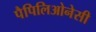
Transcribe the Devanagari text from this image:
पैपिलिओनेसी